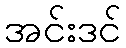
အင်းဒင်